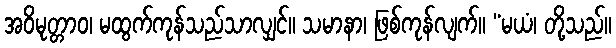
အဝိမုတ္တာဝ၊ မထွက်ကုန်သည်သာလျှင်။ သမာနာ၊ ဖြစ်ကုန်လျက်။ “မယံ၊ တို့သည်။